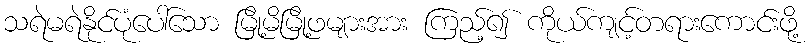
သရဲမရဲနိုင်ပုံပေါ်သော မြို့မိမြို့ဖများအား ကြည့်၍ ကိုယ်ကျင့်တရားကောင်းဖို့